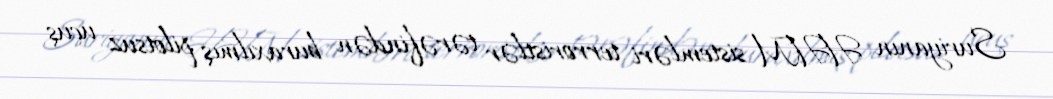
Suriyanın HHM sistemləri terroristlər tərəfindən buraxılmış pilotsuz uçuş